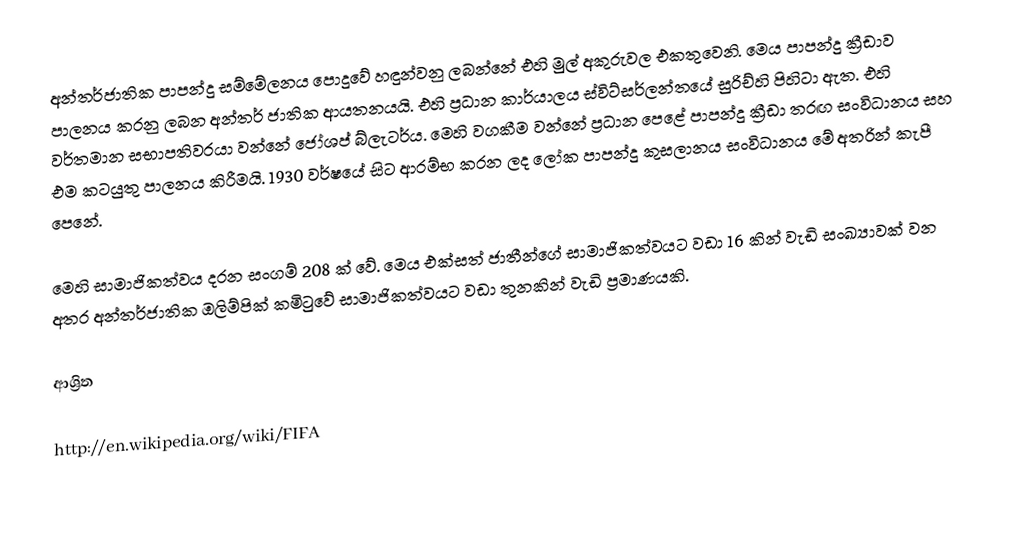
අන්තර්ජාතික පාපන්දු සම්මේලනය පොදුවේ හඳුන්වනු ලබන්නේ එහි මුල් අකුරුවල එකතුවෙනි. මෙය පාපන්දු ක්‍රීඩාව පාලනය කරනු ලබන අන්තර් ජාතික ආයතනයයි. එහි ප්‍රධාන කාර්යාලය ස්විට්සර්ලන්තයේ සුරිච්හි පිහිටා ඇත. එහි වර්තමාන සභාපතිවරයා වන්නේ ජෝශප් බ්ලැටර්ය. මෙහි වගකීම වන්නේ ප්‍රධාන පෙළේ පාපන්දු ක්‍රීඩා තරඟ සංවිධානය සහ එම කටයුතු පාලනය කිරීමයි. 1930 වර්ෂයේ සිට ආරම්භ කරන ලද ලෝක පාපන්දු කුසලානය සංවිධානය මේ අතරින් කැපී පෙනේ.

මෙහි සාමාජිකත්වය දරන සංගම් 208 ක් වේ. මෙය එක්සත් ජාතීන්ගේ සාමාජිකත්වයට වඩා 16 කින් වැඩි සංඛ්‍යාවක් වන අතර අන්තර්ජාතික ඔලිම්පික් කමිටුවේ සාමාජිකත්වයට වඩා තුනකින්  වැඩි ප්‍රමාණයකි.

ආශ්‍රිත

http://en.wikipedia.org/wiki/FIFA